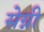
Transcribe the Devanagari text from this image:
सेग्नी